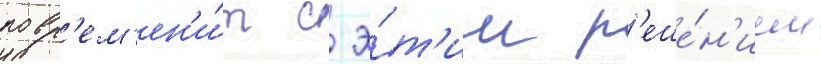
повр'ем'ен'и́т с э́т'им р'еше́н'ием